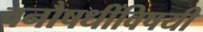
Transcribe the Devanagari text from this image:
वनौषधींविषयी